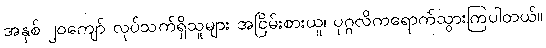
အနှစ် ၂၀ကျော် လုပ်သက်ရှိသူများ အငြိမ်းစားယူ၊ ပုဂ္ဂလိကရောက်သွားကြပါတယ်။